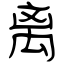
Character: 离